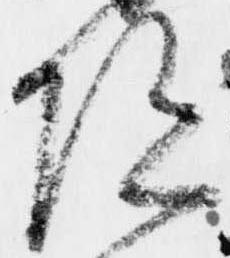
陀